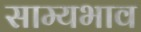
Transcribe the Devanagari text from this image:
साम्यभाव